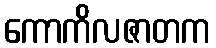
ကောကိလဇာတက